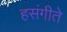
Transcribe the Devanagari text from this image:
हसंगीते